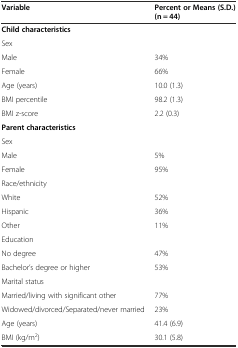
<table><thead><tr><td><b>Variable</b></td><td><b>Percent or Means (S.D.) (n = 44)</b></td></tr></thead><tbody><tr><td><b>Child characteristics</b></td><td></td></tr><tr><td>Sex</td><td></td></tr><tr><td>Male</td><td>34%</td></tr><tr><td>Female</td><td>66%</td></tr><tr><td>Age (years)</td><td>10.0 (1.3)</td></tr><tr><td>BMI percentile</td><td>98.2 (1.3)</td></tr><tr><td>BMI z-score</td><td>2.2 (0.3)</td></tr><tr><td><b>Parent characteristics</b></td><td></td></tr><tr><td>Sex</td><td></td></tr><tr><td>Male</td><td>5%</td></tr><tr><td>Female</td><td>95%</td></tr><tr><td>Race/ethnicity</td><td></td></tr><tr><td>White</td><td>52%</td></tr><tr><td>Hispanic</td><td>36%</td></tr><tr><td>Other</td><td>11%</td></tr><tr><td>Education</td><td></td></tr><tr><td>No degree</td><td>47%</td></tr><tr><td>Bachelor’s degree or higher</td><td>53%</td></tr><tr><td>Marital status</td><td></td></tr><tr><td>Married/living with significant other</td><td>77%</td></tr><tr><td>Widowed/divorced/Separated/never married</td><td>23%</td></tr><tr><td>Age (years)</td><td>41.4 (6.9)</td></tr><tr><td>BMI (kg/m<sup>2</sup>)</td><td>30.1 (5.8)</td></tr></tbody></table>